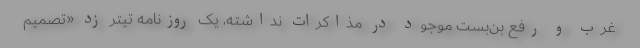
غرب و رفع بن‌بست موجود در مذاکرات نداشته، یک روزنامه تیتر زد «تصمیم